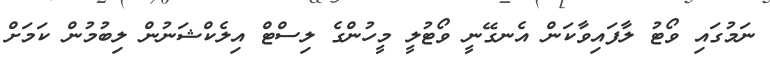
ނަމުގައި ވޯޓު ލާފައިވާކަން އެނގޭނީ ވޯޓުލީ މީހުންގެ ލިސްޓް އިލެކްޝަނުން ލިބުމުން ކަމަށް